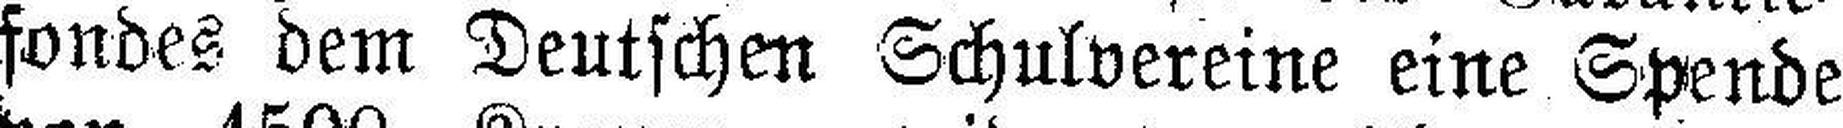
fondes dem Deutschen Schulvereine eine Spende